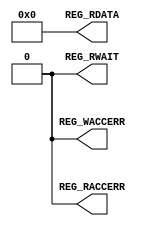
module axi_slave_terminator (
  output [31:0] REG_RDATA,
  output REG_WACCERR,
  output REG_RACCERR,
  output REG_RWAIT
);

assign REG_RDATA = 32'h0;
assign REG_WACCERR = 1'b0;
assign REG_RACCERR = 1'b0;
assign REG_RWAIT = 1'b0;

endmodule